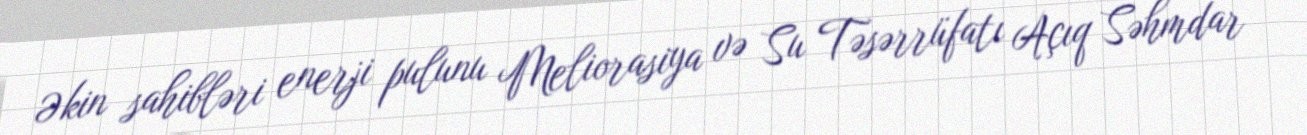
Əkin sahibləri enerji pulunu Meliorasiya və Su Təsərrüfatı Açıq Səhmdar